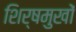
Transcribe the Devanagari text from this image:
शिर्षमुखों